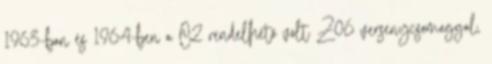
1963-ban és 1964-ben a C2 rendelhető volt Z06 versenycsomaggal,